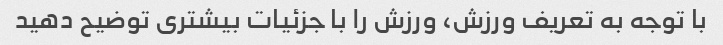
با توجه به تعریف ورزش، ورزش را با جزئیات بیشتری توضیح دهید